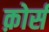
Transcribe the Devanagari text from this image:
क़ोर्स